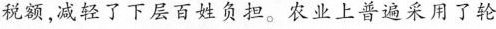
减轻了下层百姓负担。农业上普遍采用了轮